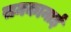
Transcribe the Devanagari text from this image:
समकानाई